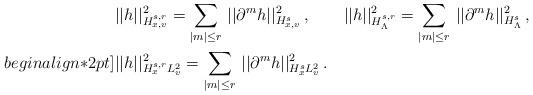
LaTeX: \begin{align*}&\displaystyle ||h||_{H_{x,v}^{s,r}}^2 = \sum_{|m|\leq r}\, ||\partial^m h||_{H_{x,v}^s}^2\,, \qquad||h||_{H_{\Lambda}^{s,r}}^2 = \sum_{|m|\leq r}\, ||\partial^m h||_{H_{\Lambda}^s}^2\,, \\begin{align*}2pt]&\displaystyle ||h||_{H_{x}^{s,r}L_v^2}^2 = \sum_{|m|\leq r}\, ||\partial^m h||_{H_{x}^s L_v^2}^2\,.\end{align*}